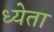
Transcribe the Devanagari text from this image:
ध्येता